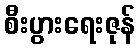
စီးပွားရေးဇုန်